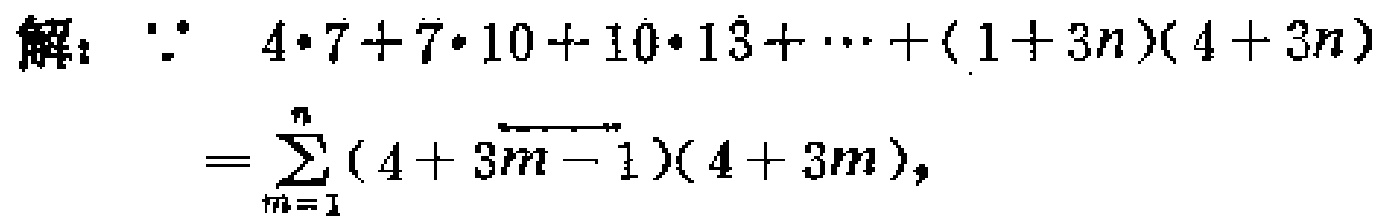
解：$\because 4\cdot7 + 7\cdot10 + 10\cdot13+\cdots+(1 + 3n)(4 + 3n)$
$=\sum_{m = 1}^{n}(4 + 3m - 1)(4 + 3m)$，